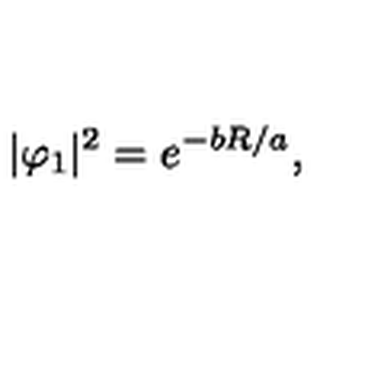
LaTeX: | \varphi _ { 1 } | ^ { 2 } = e ^ { - b R / a } ,